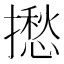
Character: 𢶲